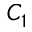
C _ { 1 }